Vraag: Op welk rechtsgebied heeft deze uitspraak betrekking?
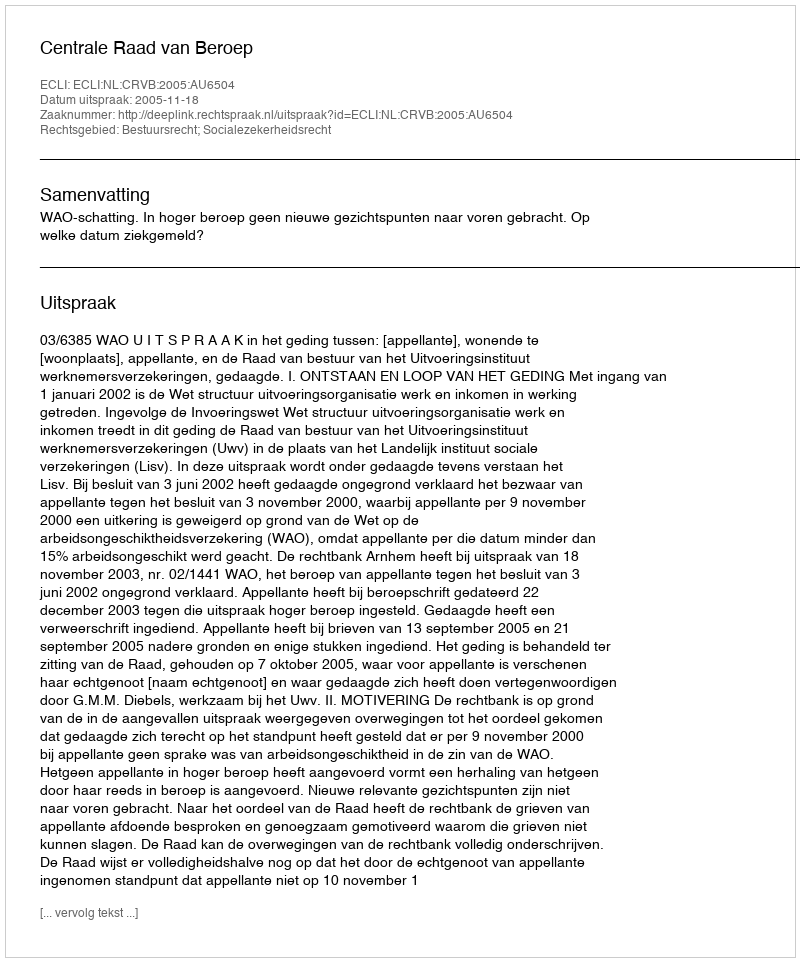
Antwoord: Bestuursrecht; Socialezekerheidsrecht